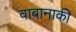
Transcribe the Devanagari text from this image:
वाबानाकी